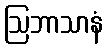
ဩဘာသာနံ